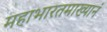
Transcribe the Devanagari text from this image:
महाभारतमाख्यानं